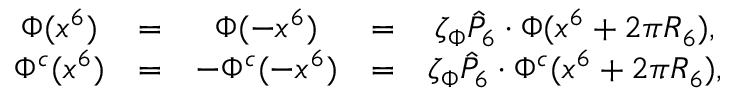
\begin{array} { c c c c c } { { \Phi ( x ^ { 6 } ) } } & { { = } } & { { \Phi ( - x ^ { 6 } ) } } & { { = } } & { { \zeta _ { \Phi } \hat { P } _ { 6 } \cdot \Phi ( x ^ { 6 } + 2 \pi R _ { 6 } ) , } } \\ { { \Phi ^ { c } ( x ^ { 6 } ) } } & { { = } } & { { - \Phi ^ { c } ( - x ^ { 6 } ) } } & { { = } } & { { \zeta _ { \Phi } \hat { P } _ { 6 } \cdot \Phi ^ { c } ( x ^ { 6 } + 2 \pi R _ { 6 } ) , } } \end{array}